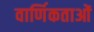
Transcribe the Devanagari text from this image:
वार्णिकताओं